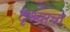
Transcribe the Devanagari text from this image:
दृश्याचा